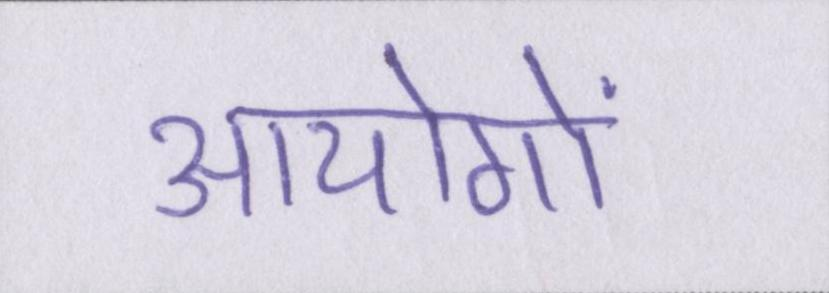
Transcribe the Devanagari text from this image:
आयोगों